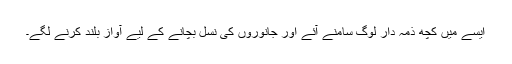
ایسے میں کچھ ذمہ دار لوگ سامنے آئے اور جانوروں کی نسل بچانے کے لیے آواز بلند کرنے لگے۔